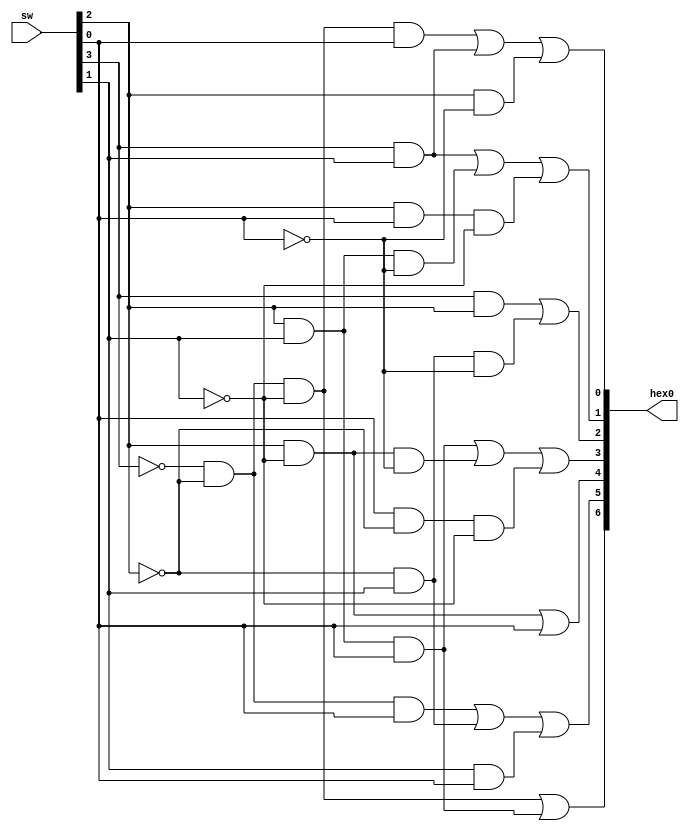
module decoder(input [3:0] sw,output [6:0]hex0);
assign hex0[0]=( (~sw[3])&(~sw[2])&(~sw[1])&sw[0] )|( sw[3]&sw[1] )| ( sw[2]&(~sw[0]));
assign hex0[1]=( sw[3]&sw[1]) | ( sw[2]&sw[1]&(~sw[0])) | ( sw[2]&sw[0]&(~sw[1]));
assign hex0[2]=( sw[3]&sw[2]) | ( sw[1]&(~sw[2])&(~sw[0]));
assign hex0[3]=( sw[2]&sw[1]&sw[0]) |( sw[2]&(~sw[1])&(~sw[0])) |( sw[0]&(~sw[2])&(~sw[1]));
assign hex0[4]=( sw[2]&(~sw[1])) | sw[0];
assign hex0[5]=( (~sw[3])&(~sw[2])&sw[0]) |( (~sw[2]&sw[1])) |( sw[1]&sw[0]);
assign hex0[6]=( (~sw[3])&(~sw[2])&(~sw[1])) |( sw[2]&sw[1]&sw[0]);
endmodule